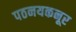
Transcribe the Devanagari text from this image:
पठनयकनूर